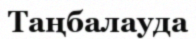
Таңбалауда